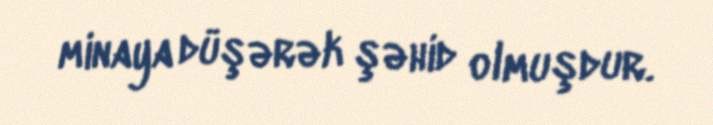
minaya düşərək şəhid olmuşdur.